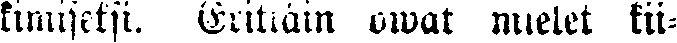
kimiseksi. Erittäin owat mielet kii-